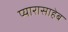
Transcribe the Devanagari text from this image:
प्यारासाहेब